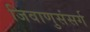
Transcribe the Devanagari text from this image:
जिवाणुसंसर्ग